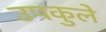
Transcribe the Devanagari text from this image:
उपकुले